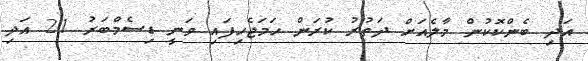
އަދި ބެންކޮކުން މާލެއަށް ދަތުރު ކުރަން ހަމަޖެހިފައި ވަނީ ޑިސެމްބަރު 21 އަދި